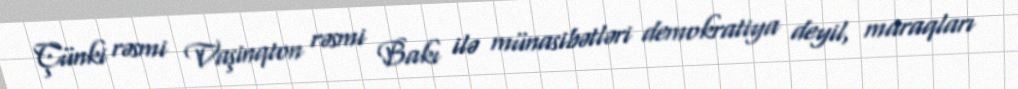
Çünki rəsmi Vaşinqton rəsmi Bakı ilə münasibətləri demokratiya deyil, maraqları